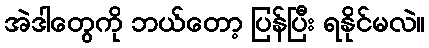
အဲဒါတွေကို ဘယ်တော့ ပြန်ပြီး ရနိုင်မလဲ။